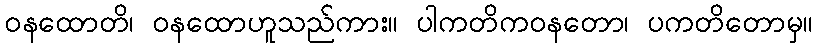
ဝနထောတိ၊ ဝနထောဟူသည်ကား။ ပါကတိကဝနတော၊ ပကတိတောမှ။